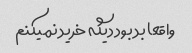
واقعا بد بود دیگه خرید نمیکنم